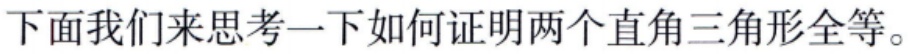
下面我们来思考一下如何证明两个直角三角形全等。